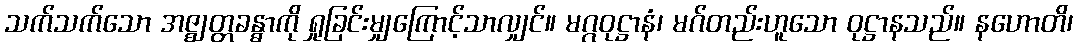
သက်သက်သော အဇ္ဈတ္တခန္ဓာကို ရှုခြင်းမျှကြောင့်သာလျှင်။ မဂ္ဂဝုဋ္ဌာနံ၊ မဂ်တည်းဟူသော ဝုဋ္ဌာနသည်။ နဟောတိ၊